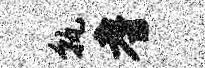
孰耆